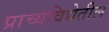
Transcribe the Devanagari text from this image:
प्राच्यविद्येतील